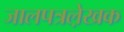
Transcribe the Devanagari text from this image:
जालपत्रले़खक